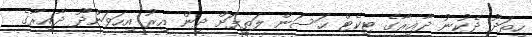
ހިތަދޫ ދެކުނު ދާއިރާގެ ޓިކެޓް ޙަސަން ލަތީފަށް ދިން އިރު އިހަވަންދޫ ދާއިރާގެ